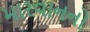
મારવાનનો